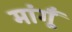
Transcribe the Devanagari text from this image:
मांगूँ